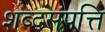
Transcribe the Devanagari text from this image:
शब्दसंपत्ति